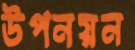
উপনয়ন